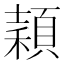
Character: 𥢙